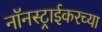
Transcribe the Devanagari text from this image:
नॉनस्ट्राईकरच्या